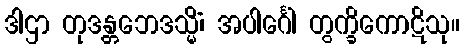
ဒါဌာ တုဒန္တဘေဒသ္မိံ၊ အပါင်္ဂေါ တွက္ခိကောဋိသု။